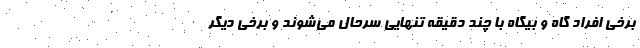
برخی افراد گاه و بیگاه با چند دقیقه تنهایی سرحال می‌شوند و برخی دیگر